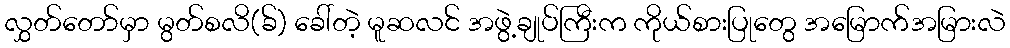
လွှတ်တော်မှာ မွတ်စလိ(ခ်) ခေါ်တဲ့ မူဆလင် အဖွဲ့ချုပ်ကြီးက ကိုယ်စားပြုတွေ အမြောက်အမြားလဲ